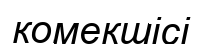
комекшісі